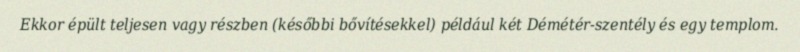
Ekkor épült teljesen vagy részben (későbbi bővítésekkel) például két Démétér-szentély és egy templom.